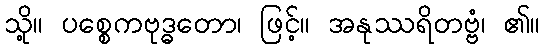
သို့။ ပစ္စေကဗုဒ္ဓတော၊ ဖြင့်။ အနုဿရိတဗ္ဗံ၊ ၏။